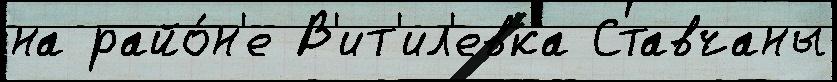
на райо́н'е В'ит'ил'евка Ставчаны